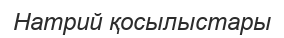
Натрий қосылыстары